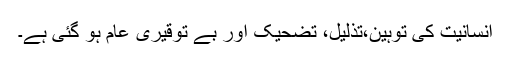
انسانیت کی توہین،تذلیل، تضحیک اور بے توقیری عام ہو گئی ہے۔